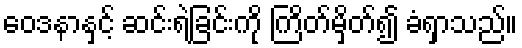
ဝေဒနာနှင့် ဆင်းရဲခြင်းကို ကြိတ်မှိတ်၍ ခံရှာသည်။